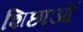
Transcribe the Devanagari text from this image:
शिछाओं